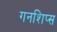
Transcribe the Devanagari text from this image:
गनशिप्स